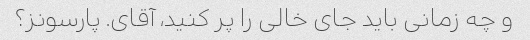
و چه زمانی باید جای خالی را پر کنید، آقای. پارسونز؟